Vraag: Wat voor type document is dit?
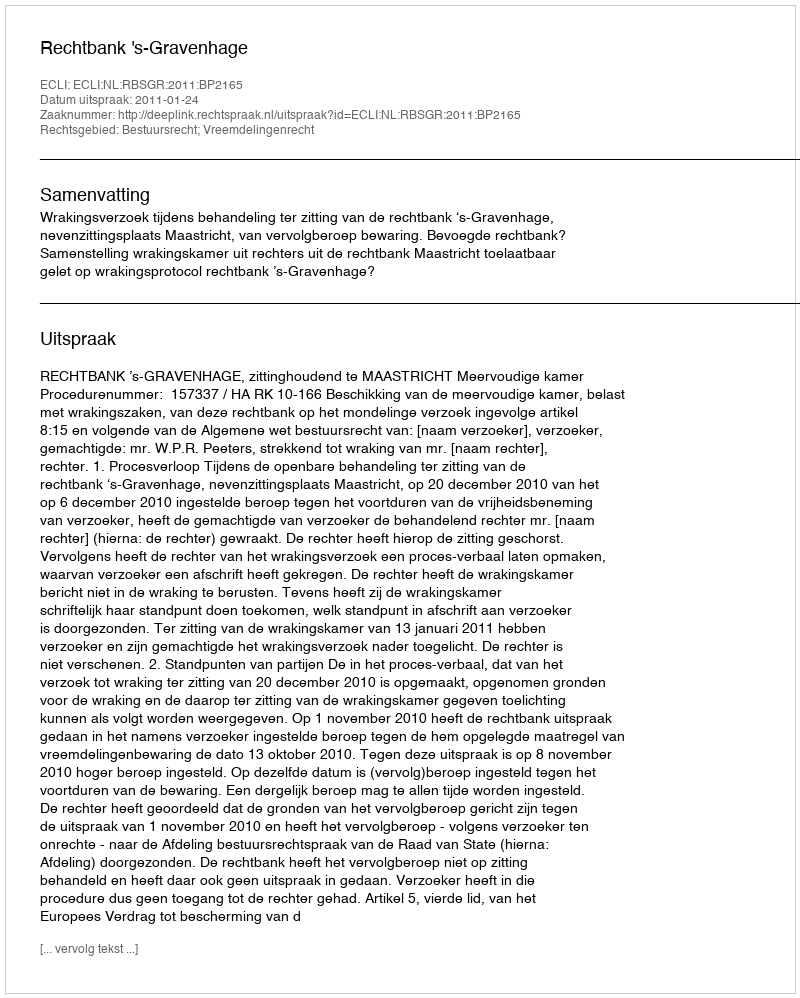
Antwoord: Uitspraak